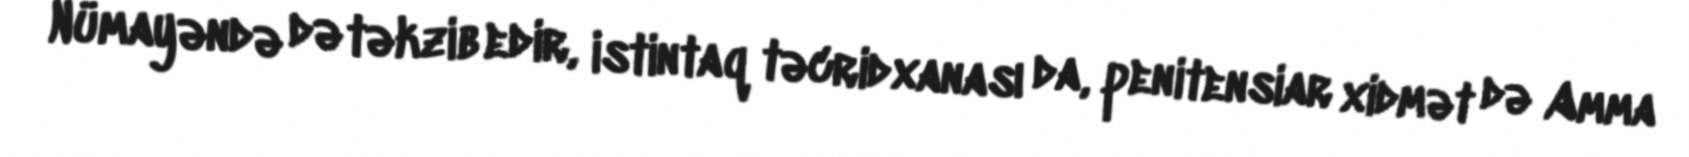
Nümayəndə də təkzib edir, istintaq təcridxanası da, penitensiar xidmət də Amma